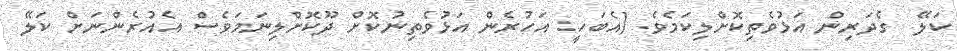
ކަލޭ  ގެދަރިން އަޅުވެތިކޮށްލިކަމެވެ. (އެބަހީ: އަހުރެން އަޅުވެތިނުކޮށް ދޫކޮށްލިނަމަވެސް އެއުރެންނަށް ކަލޭ